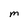
Character: M